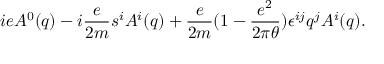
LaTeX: i e { \cal A } ^ { 0 } ( q ) - i \frac { e } { 2 m } { s ^ { i } } { \cal A } ^ { i } ( q ) + \frac { e } { 2 m } ( 1 - \frac { e ^ { 2 } } { 2 \pi \theta } ) \epsilon ^ { i j } q ^ { j } { \cal A } ^ { i } ( q ) .